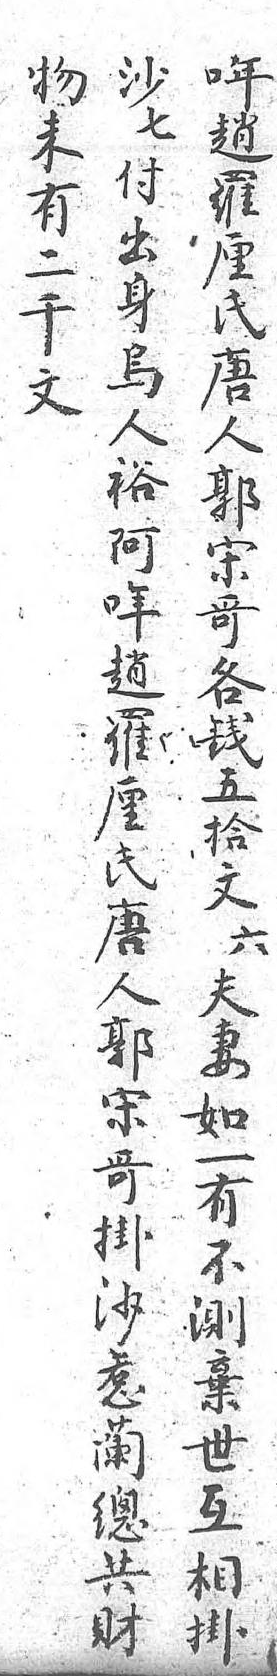
沙物哖七未趙付有羅出二厘身千氏乌文唐人 人裕 郭阿 宋年 哥趙 各羅 錢厘 五氏 拾唐 文人 六郭 夫宋 妻哥 如掛 一沙 有惹 不蘭 測總 棄共 世財 互  相  掛